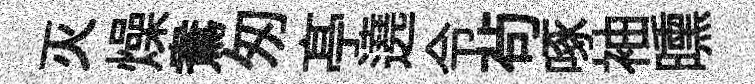
灭燥鴦匆𠅘遶令茍啄袖曛